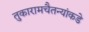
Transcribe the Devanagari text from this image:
तुकारामचैतन्यांकडे